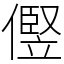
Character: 㒘